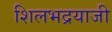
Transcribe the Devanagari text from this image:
शिलभद्रयाजी